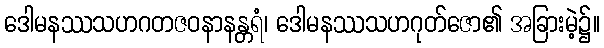
ဒေါမနဿသဟဂတဇဝနာနန္တရံ၊ ဒေါမနဿသဟဂုတ်ဇော၏ အခြားမဲ့၌။